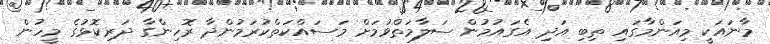
މާނައަކީ މިއަންމާގައި ތިބި އަދި އެގައުމުން ސަލާމަތްވުމަށް މަސައްކަތްކުރަމުންދާ ރޮހިންގާ ދަރިކޮޅުގެ މީހުން